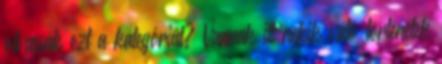
olvassák ezt a kategóriát? Vannak itt nekik való történetek